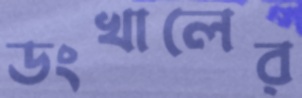
ডংখালের